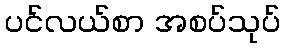
ပင်လယ်စာ အစပ်သုပ်